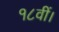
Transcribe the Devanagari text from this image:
१८वीं।